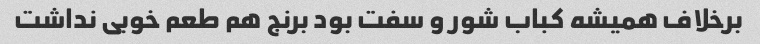
برخلاف همیشه کباب شور و سفت بود برنج هم طعم خوبی نداشت